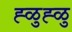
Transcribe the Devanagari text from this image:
ह्ळुह्ळु